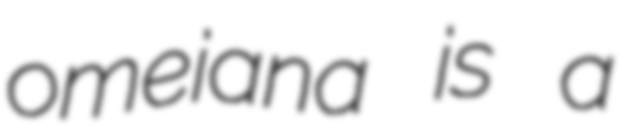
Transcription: omeiana is a